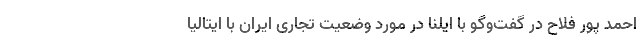
احمد پور فلاح در گفت‌وگو با ایلنا در مورد وضعیت تجاری ایران با ایتالیا